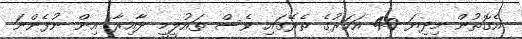
އެގޮތުން މިދިޔަ 40 އަހަރުގެ ތެރޭގައި ވެސް ތައުލީމީ ދާއިރާ އިން ނުފެންނަ